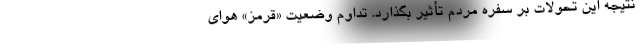
نتیجه این تحولات بر سفره مردم تأثیر بگذارد. تداوم وضعیت «قرمز» هوای